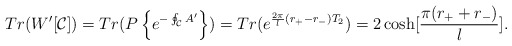
\begin{align*}Tr(W'[{\cal C}])= Tr(P\left\{e^{-\oint_{\cal C} A'}\right\})=Tr(e^{{{2\pi\over l}(r_+-r_-)}T_2})=2\cosh [{\pi(r_++r_-)\over l}].\end{align*}